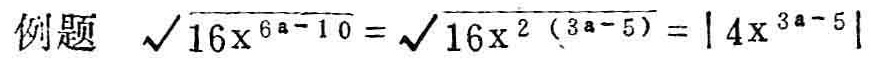
例题 $\sqrt{16x^{6a - 10}} = \sqrt{16x^{2(3a - 5)}}=\left|4x^{3a - 5}\right|$